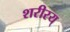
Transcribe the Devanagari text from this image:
शरीरय्